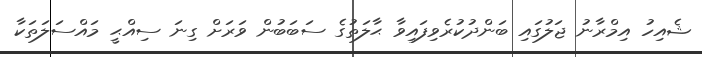
ޝެއިހު އިމްރާނު ޖަލުގައި ބަންދުކުރެވިފައިވާ ޙާލަތުގެ ސަބަބުން ވަރަށް ގިނަ ސިއްޙީ މައްސަލަތަކާ